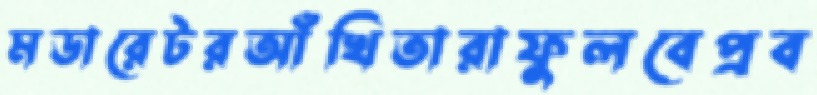
মডারেটরআঁখিতারাফুলবেপ্রব